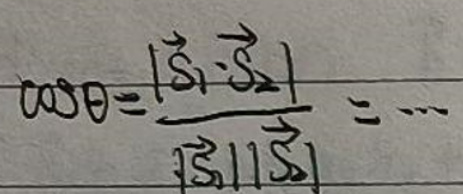
$\cos  \theta =\frac {|\overrightarrow {S}_{1}\cdot \overrightarrow {S}_{2}|}{|\overrightarrow {S}_{1}||\overrightarrow {S}_{2}|}=\cdots$